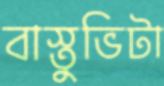
বাস্তুভিটা